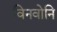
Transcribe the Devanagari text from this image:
विनवोनि